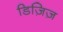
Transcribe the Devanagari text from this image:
डिज़िज़